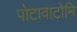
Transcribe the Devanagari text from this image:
पोटावाटोमि